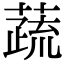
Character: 蔬